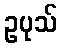
ဥပုသ်